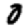
Digit: 0